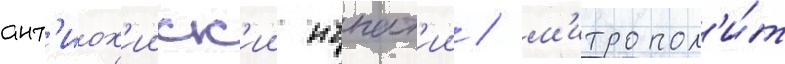
ант'иох'ииск'ии игнат'ии / м'итропол'и́т